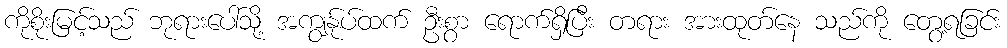
ကိုစိုးမြင့်သည် ဘုရားပေါ်သို့ အကျွန်ုပ်ထက် ဦးစွာ ရောက်ရှိပြီး တရား အားထုတ်နေ သည်ကို တွေ့ရခြင်း